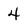
Character: 4